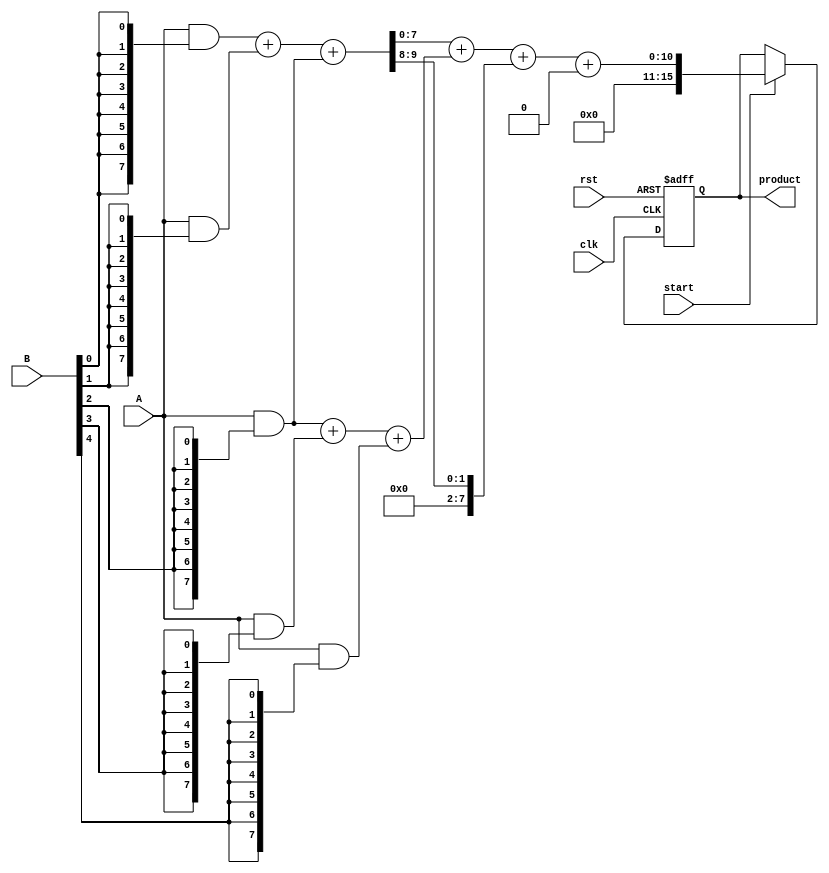
module WallaceTreeMultiplier #(
    parameter N = 8 // Bit width of the operands
)(
    input wire [N-1:0] A, // First operand
    input wire [N-1:0] B, // Second operand
    input wire start,      // Control signal to start multiplication
    input wire clk,        // Clock signal
    input wire rst,        // Reset signal
    output reg [2*N-1:0] product // Output product
);

    // Partial product generation
    wire [N-1:0] partial_products[N-1:0]; // N partial products of N bits each
    genvar i;
    generate
        for (i = 0; i < N; i = i + 1) begin : gen_partial_products
            assign partial_products[i] = A & {N{B[i]}}; // ANDing A with each bit of B
        end
    endgenerate

    // Wallace Tree Reduction
    wire [N-1:0] sum[N-1:0]; // Sum outputs from CSAs
    wire [N-1:0] carry[N-1:0]; // Carry outputs from CSAs

    // Carry-Save Adder (CSA) to reduce partial products
    // Level 1 reduction
    generate
        for (i = 0; i < N/2; i = i + 1) begin : level1_reduction
            if (i < (N-1)/2) begin
                assign {carry[i], sum[i]} = partial_products[2*i] + partial_products[2*i+1] + (i < (N-1) ? partial_products[2*i+2] : 0);
            end else begin
                assign {carry[i], sum[i]} = partial_products[2*i] + partial_products[2*i+1];
            end
        end
    endgenerate

    // Further reduction levels can be added similarly
    // For simplicity, we will assume a maximum of two levels for this example

    // Final addition of the last two sums and carries
    wire [2*N-1:0] final_sum;
    wire [2*N-1:0] final_carry;

    assign {final_carry, final_sum} = {1'b0, sum[0]} + {1'b0, sum[1]} + carry[0];

    // Sequential logic for output
    always @(posedge clk or posedge rst) begin
        if (rst) begin
            product <= 0;
        end else if (start) begin
            product <= final_sum + final_carry; // Final product calculation
        end
    end

endmodule